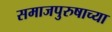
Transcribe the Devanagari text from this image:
समाजपुरुषाच्या